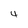
Character: 4